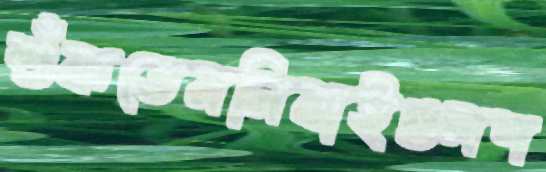
শুঁকতেমনিবাইগুলশ